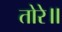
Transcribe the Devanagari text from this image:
तोरे॥